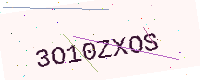
Text: 3O10ZXOS